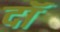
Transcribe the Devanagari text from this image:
दॉ